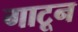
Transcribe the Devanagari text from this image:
गाटून